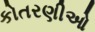
કોતરણીઓ